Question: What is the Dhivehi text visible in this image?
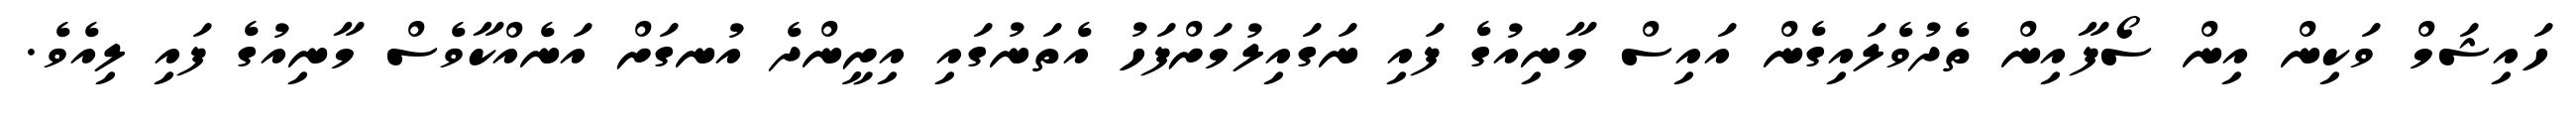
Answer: ހައިޝަމް ވަކިން އިން ސޯފާއިން ތެދުވެލައިގެން އައިސް މާނިއުގެ ފައި ނަގައިލުމަށްފަހު އެތަނުގައި އިށީންދެ އުނގަށް އަނެއްކާވެސް މާނިއުގެ ފައި ލިއެވެ.